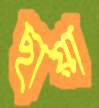
ছায়া